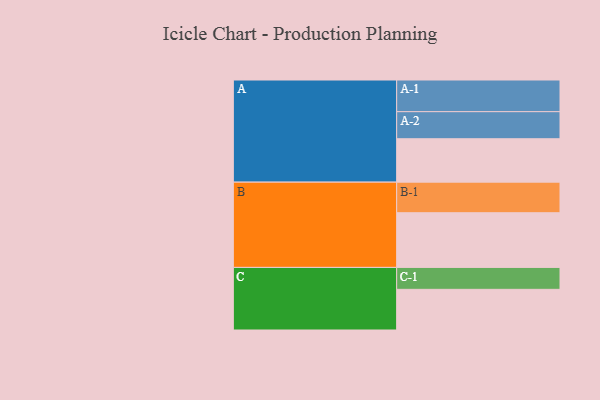
{"axis": {"x": "Segment", "y": "Value"}, "legend": ["", "A", "B", "C"], "data": [{"x": "A", "y": 396, "type": ""}, {"x": "B", "y": 499, "type": ""}, {"x": "C", "y": 371, "type": ""}, {"x": "A-1", "y": 289, "type": "A"}, {"x": "A-2", "y": 247, "type": "A"}, {"x": "B-1", "y": 279, "type": "B"}, {"x": "C-1", "y": 200, "type": "C"}]}